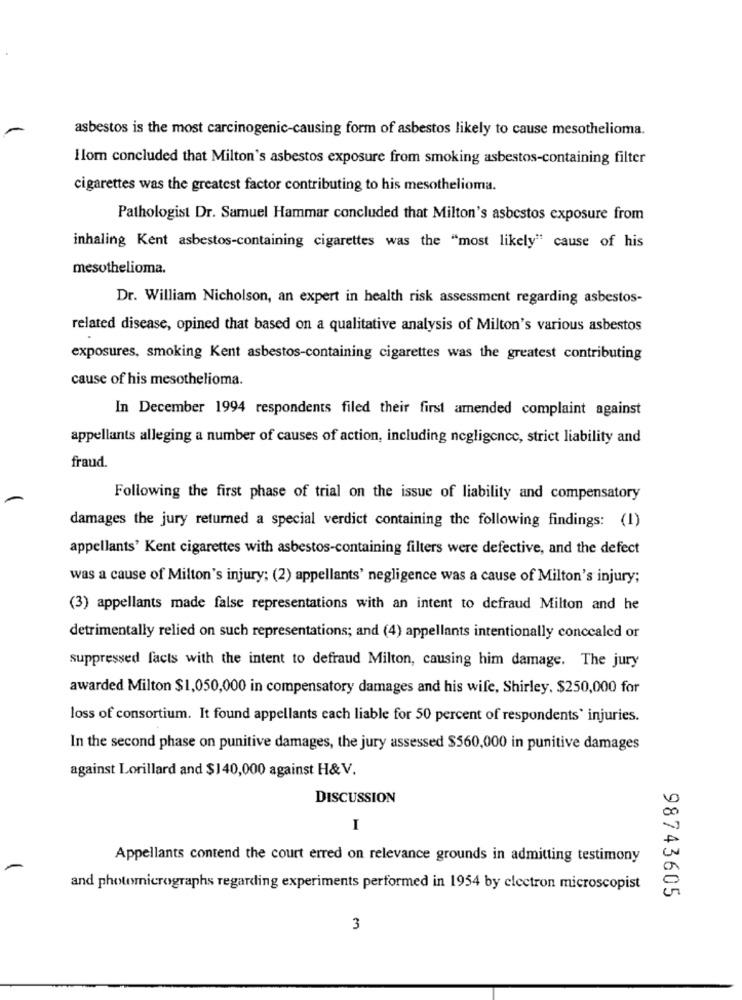
asbestos is the most carcinogenic-causing form of asbestos likely to cause mesothelioma.
Ilom concluded that Milton's asbestos exposure from smoking asbestos-containing filter
cigarettes was the greatest factor contributing to his mesothelioma.
Pathologist Dr. Samuel Hammar concluded that Milton's asbestos exposure from
inhaling Kent asbestos-containing cigarettes was the "most likely" cause of his
mesothelioma.
Dr. William Nicholson, an expert in health risk assessment regarding asbestos-
related disease, opined that based on a qualitative analysis of Milton's various asbestos
exposures, smoking Kent asbestos-containing cigarettes was the greatest contributing
cause of his mesothelioma.
In December 1994 respondents filed their first amended complaint against
appellants alleging a number of causes of action, including negligence, strict liability and
fraud.
Following the first phase of trial on the issue of liability and compensatory
damages the jury returned a special verdict containing the following findings: (1)
appellants' Kent cigarettes with asbestos-containing filters were defective, and the defect
was a cause of Milton's injury; (2) appellants' negligence was a cause of Milton's injury;
(3) appellants made false representations with an intent to defraud Milton and he
detrimentally relied on such representations; and (4) appellants intentionally concealed or
suppressed facts with the intent to defraud Milton, causing him damage. The jury
awarded Milton $1,050,000 in compensatory damages and his wife, Shirley, $250,000 for
loss of consortium. It found appellants cach liable for 50 percent of respondents' injuries.
In the second phase on punitive damages, the jury assessed $560,000 in punitive damages
against Lorillard and $140,000 against H& V.
DISCUSSION
I
Appellants contend the court erred on relevance grounds in admitting testimony
and photomicrographs regarding experiments performed in 1954 by electron microscopist
98743605
3